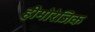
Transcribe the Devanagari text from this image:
हीमोरेजिक